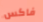
فاكس